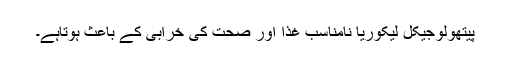
پیتھولوجیکل لیکوریا نامناسب غذا اور صحت کی خرابی کے باعث ہوتاہے۔